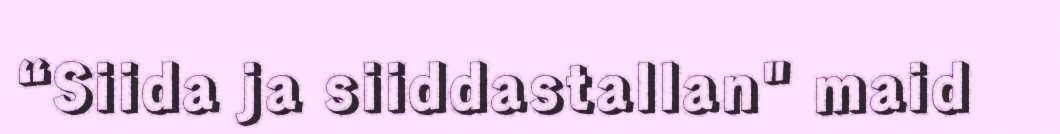
“Siida ja siiddastallan" maid